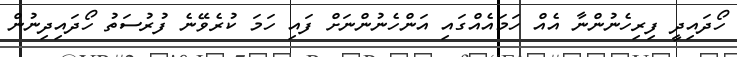
ހޯދައިދީ ފިރިހެނުންނާ އެއް ހަމައެއްގައި އަންހެނުންނަށް ފައި ހަމަ ކުރެވޭނެ ފުރުސަތު ހޯދައިދިނުން